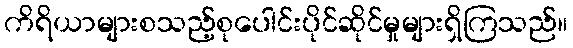
ကိရိယာများစသည့်စုပေါင်းပိုင်ဆိုင်မှုများရှိကြသည်။